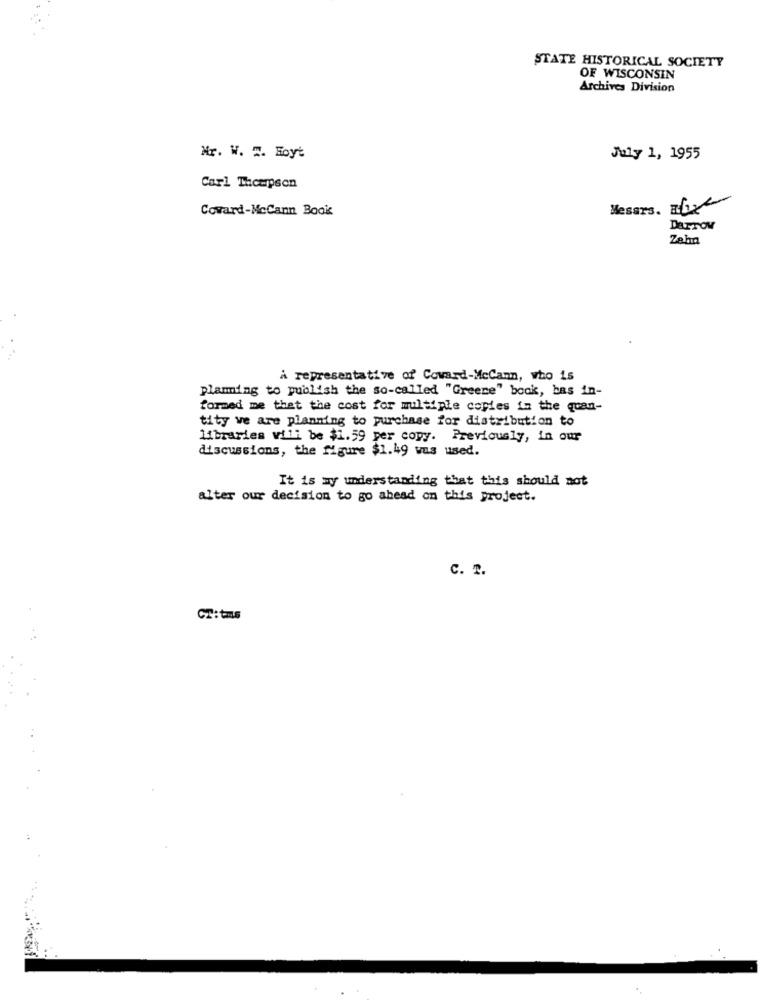
STATE HISTORICAL SOCIETY
OF WISCONSIN
Archives Division
Nr. W. 2. Hoyt
July 1, 1955
Carl Thompson
Coward-McCann Book
Mesers. Boxe
DarTOM
Zahn
A representative of Coward-McCann, who is
plaming to publish the so-called "Greene" bock, bas in-
formed me that the cost for multiple copies in the quan-
tity we are planning to purchase for distribution to
libraries will be $1.59 per copy. Previously, in our
discussions, the figure $1.49 was used.
It is my understanding that this should not
alter our decision to go ahead on this project.
C. T.
CT:tms